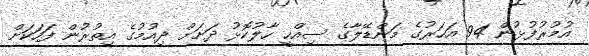
އުމުރުފުޅުން 94 އަހަރުގެ މަންޑޭލާގެ ސިއްހީ ހާލުކޮޅު ދަށަށް ދިއުމުގެ އިތުރުން ފަހަކަށް